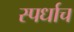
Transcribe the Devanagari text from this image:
स्पर्धाच